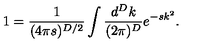
1 = \frac { 1 } { ( 4 \pi s ) ^ { D / 2 } } \int \frac { d ^ { D } k } { ( 2 \pi ) ^ { D } } e ^ { - s k ^ { 2 } } .